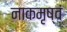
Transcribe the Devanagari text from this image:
नाकमृष्वं